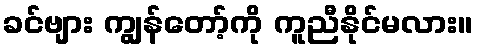
ခင်ဗျား ကျွန်တော့်ကို ကူညီနိုင်မလား။